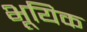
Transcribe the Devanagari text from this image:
भूयिक